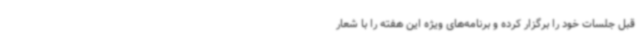
قبل جلسات خود را برگزار کرده و برنامه‌های ویژه این هفته را با شعار